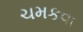
ચમકવા